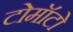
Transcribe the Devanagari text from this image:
टोमॉटो